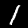
Digit: 1